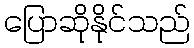
ပြောဆိုနိုင်သည်